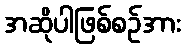
အဆိုပါဖြစ်စဉ်အား